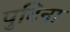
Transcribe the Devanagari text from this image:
पुटिना